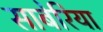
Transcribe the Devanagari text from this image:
साबेरिया